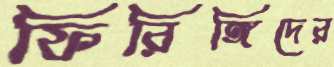
ফিরিঙ্গিদের